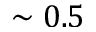
\sim 0 . 5